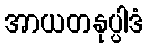
အာယတနုပ္ပါဒံ